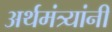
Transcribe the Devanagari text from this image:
अर्थमंत्र्यांनी